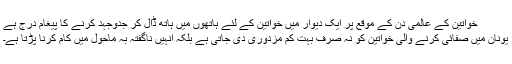
خواتین کے عالمی دن کے موقع پر ایک دیوار میں خواتین کے لئے ہاتھوں میں ہاتھ ڈال کر جدوجہد کرنے کا پیغام درج ہے
یونان میں صفائی کرنے والی خواتین کو نہ صرف بہت کم مزدوری دی جاتی ہے بلکہ انہیں ناگفتہ بہ ماحول میں کام کرنا پڑتا ہے۔